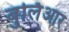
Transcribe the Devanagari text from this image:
बुर्लिआर